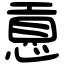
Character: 慐